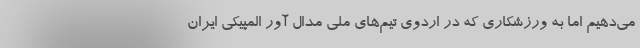
می‌دهیم اما به ورزشکاری که در اردوی تیم‌های ملی مدال آور المپیکی ایران